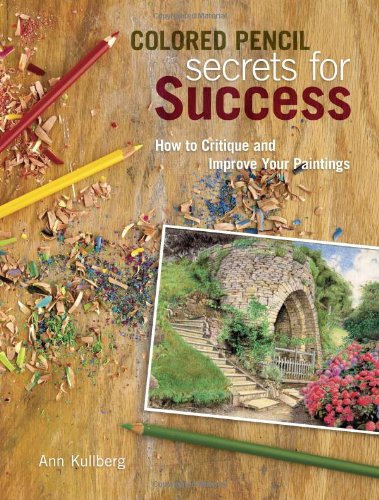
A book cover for Colored Pencil Secrets for Success: How to Critique and Improve Your Paintings; Ann Kullberg; Arts & Photography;